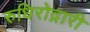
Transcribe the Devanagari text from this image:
रुधिरोद्नारी